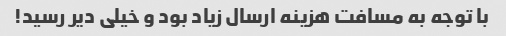
با توجه به مسافت هزینه ارسال زیاد بود و خیلی دیر رسید!